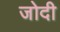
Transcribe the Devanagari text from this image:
जोदी